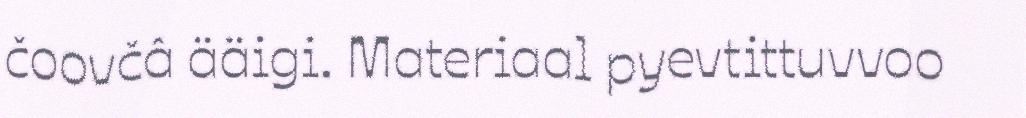
čoovčâ ääigi. Materiaal pyevtittuvvoo